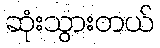
ဆုံးသွားတယ်